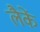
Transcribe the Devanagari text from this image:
लैकें